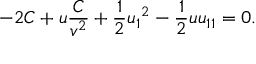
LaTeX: - 2 C + u \frac { C } { v ^ { 2 } } + \frac { 1 } { 2 } { u _ { 1 } } ^ { 2 } - \frac { 1 } { 2 } u u _ { 1 1 } = 0 .